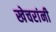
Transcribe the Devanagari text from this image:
खेचरांनी